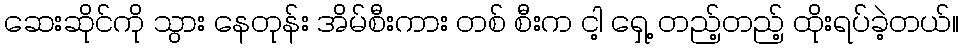
ဆေးဆိုင်ကို သွား နေတုန်း အိမ်စီးကား တစ် စီးက ငါ့ ရှေ့ တည့်တည့် ထိုးရပ်ခဲ့တယ်။